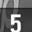
Digit: 5